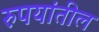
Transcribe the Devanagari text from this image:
रुपयांतील